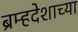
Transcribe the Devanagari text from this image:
ब्रम्हदेशाच्या